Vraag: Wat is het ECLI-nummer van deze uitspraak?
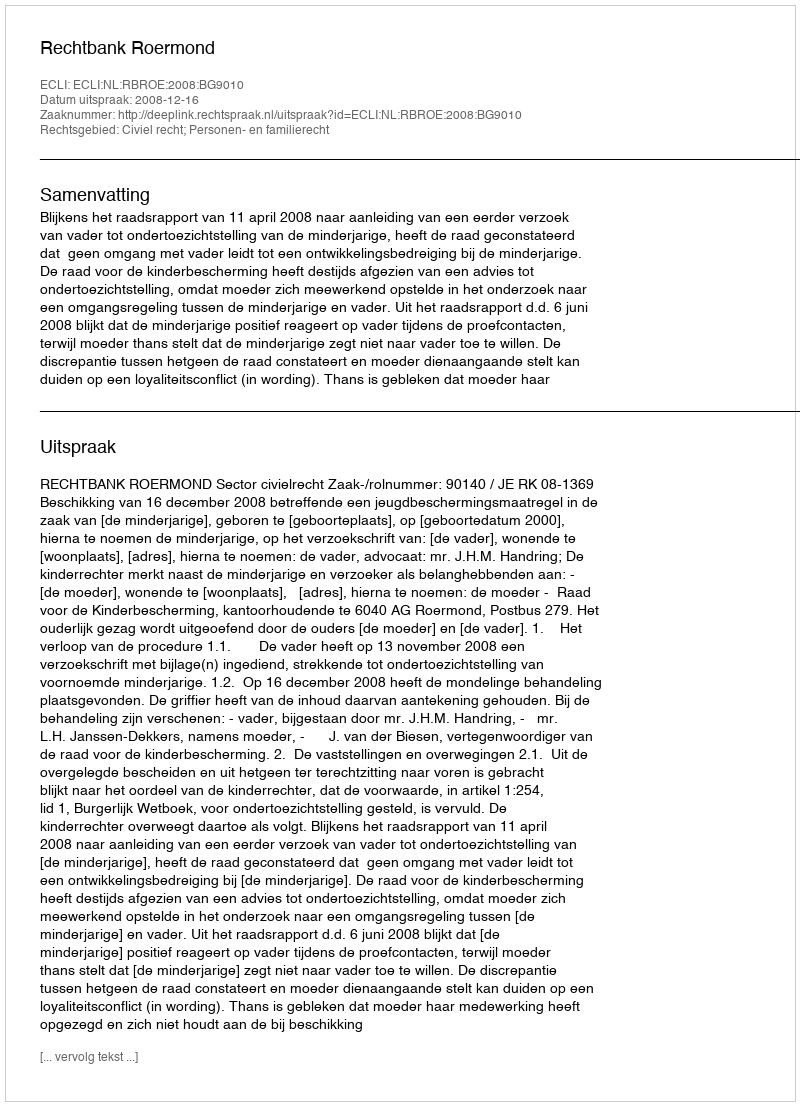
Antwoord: ECLI:NL:RBROE:2008:BG9010